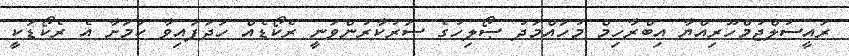
ރައީސުލްޖުމްހޫރިއްޔާ އިބްރާހިމް މުހައްމަދު ޞޯލިހުގެ ސަރުކާރުންވަނީ ރެކޯޑެއް ހަދަފައިވާ ކަމަށާ އެ ރެކޯޯޑަކީ